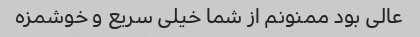
عالی بود ممنونم از شما خیلی سریع و خوشمزه